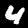
Label: 4